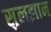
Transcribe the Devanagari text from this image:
सुलझान